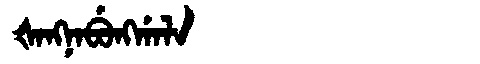
Manchu: ᡧᠠᠩᠨᠠᠪᡠᠩᡤᠠᠯᠠ
Romanization: ŠANGNABUNGGALA